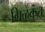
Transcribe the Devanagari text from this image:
गिळकंत